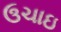
ઉચાઇ